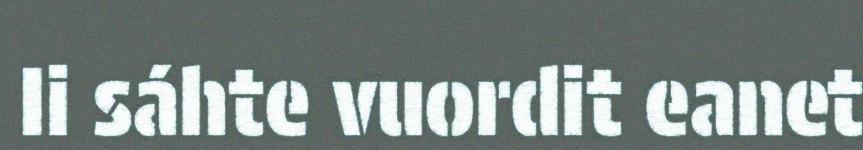
Ii sáhte vuordit eanet